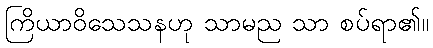
ကြိယာဝိသေသနဟု သာမည သာ စပ်ရာ၏။